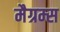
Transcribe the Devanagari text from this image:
मैग्रम्स